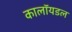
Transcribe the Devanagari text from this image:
कालॉयडल